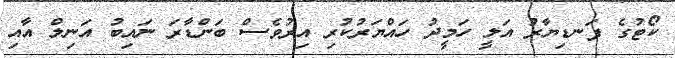
ކޯޓުގެ ފަނޑިޔާރު އަލީ ހަމީދު ހައްޔަރުކުރި އިރުވެސް ބަންޑާރަ ނައިބު އަނިލް އާއި